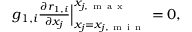
\begin{array} { r } { g _ { 1 , i } \frac { \partial r _ { 1 , i } } { \partial x _ { j } } \Big | _ { x _ { j } = x _ { j , \mathrm { ~ m ~ i ~ n ~ } } } ^ { x _ { j , \mathrm { ~ m ~ a ~ x ~ } } } = 0 , } \end{array}